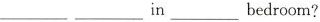
________，______in ______bedroom?